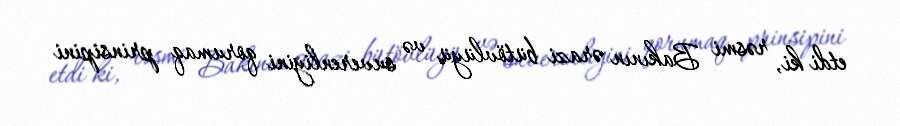
etdi ki, rəsmi Bakının ərazi bütövlüyü və suverenliyini qorumaq prinsipini